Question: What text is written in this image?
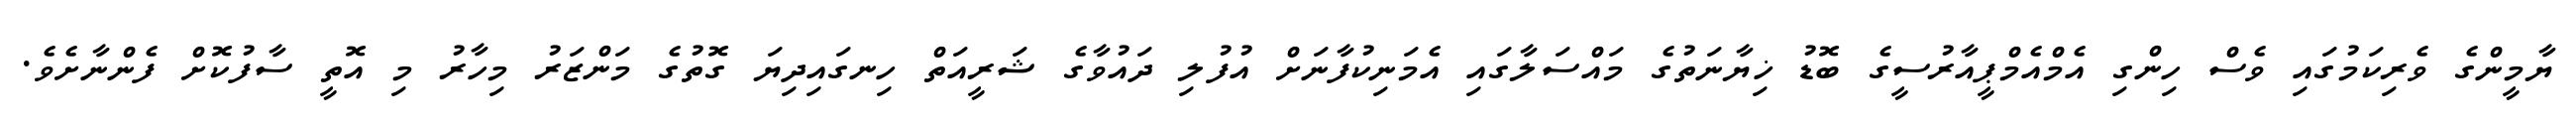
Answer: ޔާމީންގެ ވެރިކަމުގައި ވެސް ހިންގި އެމްއެމްޕީއާރުސީގެ ބޮޑު ޚިޔާނަތުގެ މައްސަލާގައި އެމަނިކުފާނަށް އުފުލި ދައުވާގެ ޝަރީއަތް ހިނގައިދިޔަ ގޮތުގެ މަންޒަރު މިހާރު މި އޮތީ ސާފުކޮށް ފެންނާށެވެ.